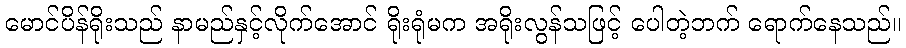
မောင်ပိန်ရိုးသည် နာမည်နှင့်လိုက်အောင် ရိုးရုံမက အရိုးလွန်သဖြင့် ပေါတဲ့ဘက် ရောက်နေသည်။